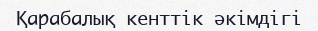
Қарабалық кенттік әкімдігі